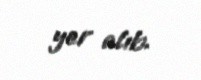
yer alıb.